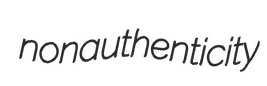
nonauthenticity